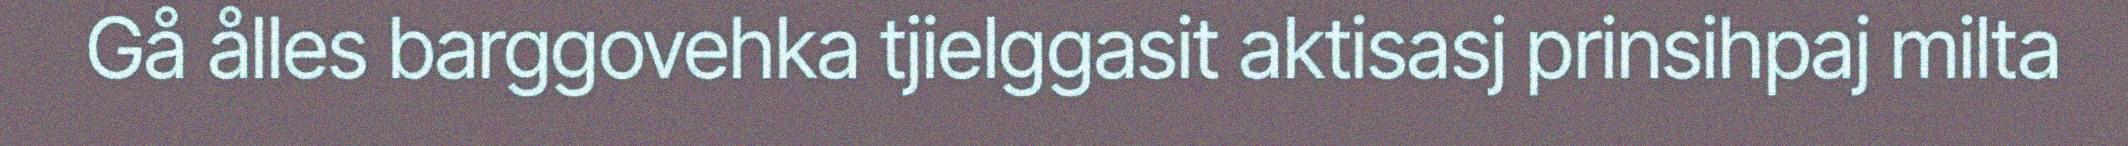
Gå ålles barggovehka tjielggasit aktisasj prinsihpaj milta